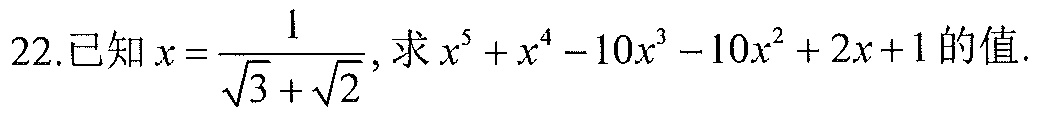
22.已知\(x = \frac{1}{\sqrt{3}+\sqrt{2}}\)，求\(x^{5}+x^{4}-10x^{3}-10x^{2}+2x + 1\)的值.